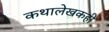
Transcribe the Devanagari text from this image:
कथालेखकही